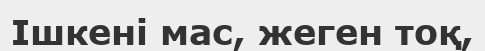
Ішкені мас, жеген тоқ,